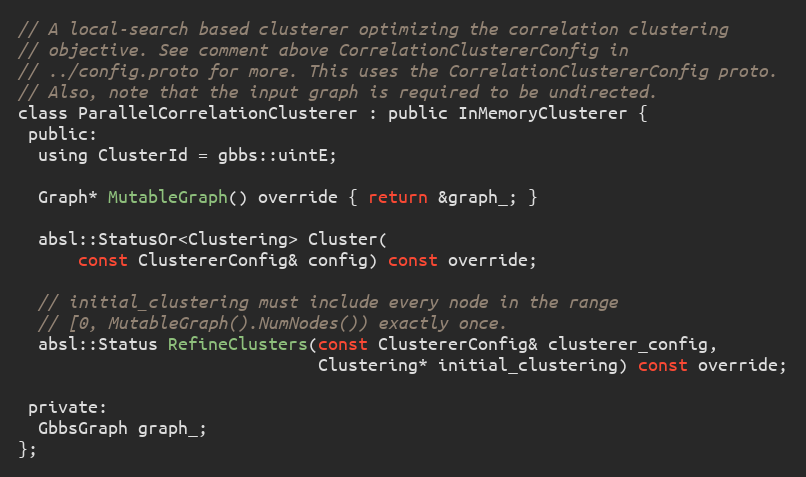
Language: C
// A local-search based clusterer optimizing the correlation clustering
// objective. See comment above CorrelationClustererConfig in
// ../config.proto for more. This uses the CorrelationClustererConfig proto.
// Also, note that the input graph is required to be undirected.
class ParallelCorrelationClusterer : public InMemoryClusterer {
 public:
  using ClusterId = gbbs::uintE;

  Graph* MutableGraph() override { return &graph_; }

  absl::StatusOr<Clustering> Cluster(
      const ClustererConfig& config) const override;

  // initial_clustering must include every node in the range
  // [0, MutableGraph().NumNodes()) exactly once.
  absl::Status RefineClusters(const ClustererConfig& clusterer_config,
                              Clustering* initial_clustering) const override;

 private:
  GbbsGraph graph_;
};